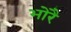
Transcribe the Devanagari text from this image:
भोरै